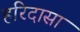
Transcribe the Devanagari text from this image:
हरिदासा